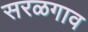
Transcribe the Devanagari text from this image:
सरळगाव